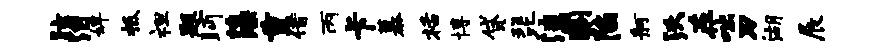
眩泪婢柢袒题眄藻重借丙卡慕栝博贷琵漶痢陷舸沃在咄刃湖展